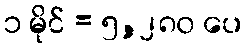
၁ မိုင် = ၅,၂၈၀ ပေ